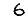
Digit: 6